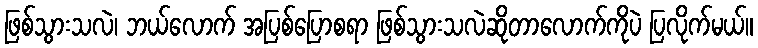
ဖြစ်သွားသလဲ၊ ဘယ်လောက် အပြစ်ပြောစရာ ဖြစ်သွားသလဲဆိုတာလောက်ကိုပဲ ပြလိုက်မယ်။